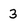
Character: 3